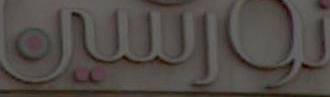
نورسين